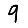
Digit: 9